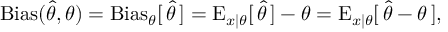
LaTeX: \operatorname { B i a s } ( { \hat { \theta } } , \theta ) = \operatorname { B i a s } _ { \theta } [ \, { \hat { \theta } } \, ] = \operatorname { E } _ { x \mid \theta } [ \, { \hat { \theta } } \, ] - \theta = \operatorname { E } _ { x \mid \theta } [ \, { \hat { \theta } } - \theta \, ] ,